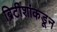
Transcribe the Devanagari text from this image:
ब्रिटीशांकडून